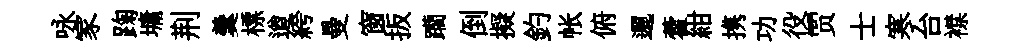
咏家踘墉荆羹標遒絝曼窗扳躪倒擬釣帐俯邐藿紺携功役贾士寒台襟